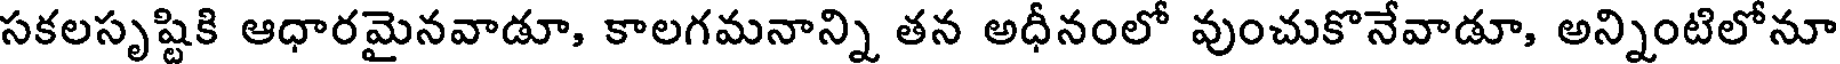
సకలసృష్టికి ఆధారమైనవాడూ, కాలగమనాన్ని తన అధీనంలో వుంచుకొనేవాడూ, అన్నింటిలోనూ